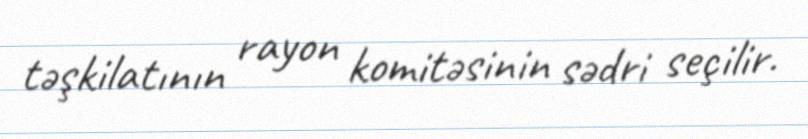
təşkilatının rayon komitəsinin sədri seçilir.